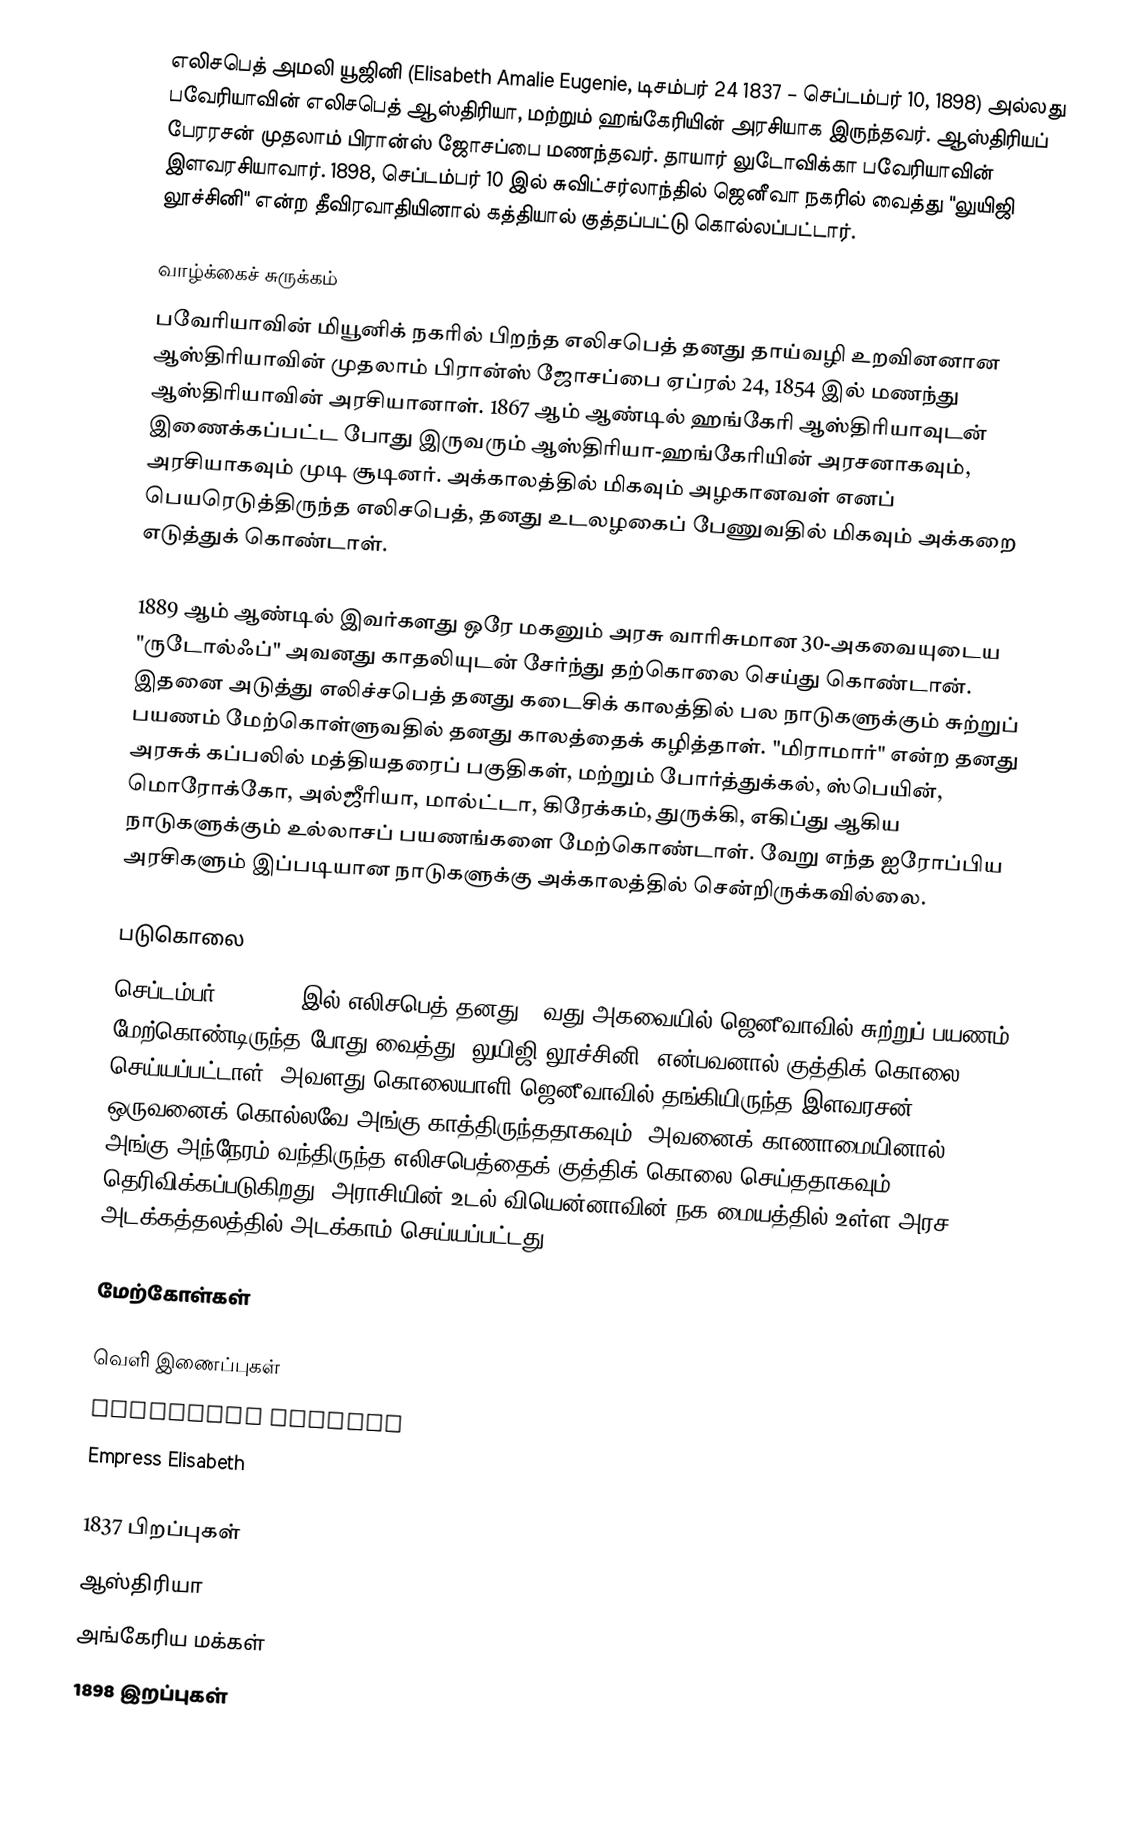
எலிசபெத் அமலி யூஜினி (Elisabeth Amalie Eugenie, டிசம்பர் 24 1837 – செப்டம்பர் 10, 1898) அல்லது பவேரியாவின் எலிசபெத் ஆஸ்திரியா, மற்றும் ஹங்கேரியின் அரசியாக இருந்தவர். ஆஸ்திரியப் பேரரசன் முதலாம் பிரான்ஸ் ஜோசப்பை மணந்தவர். தாயார் லுடோவிக்கா பவேரியாவின் இளவரசியாவார். 1898, செப்டம்பர் 10 இல் சுவிட்சர்லாந்தில் ஜெனீவா நகரில் வைத்து "லுயிஜி லூச்சினி" என்ற தீவிரவாதியினால் கத்தியால் குத்தப்பட்டு கொல்லப்பட்டார்.

வாழ்க்கைச் சுருக்கம்
பவேரியாவின் மியூனிக் நகரில் பிறந்த எலிசபெத் தனது தாய்வழி உறவினனான ஆஸ்திரியாவின் முதலாம் பிரான்ஸ் ஜோசப்பை ஏப்ரல் 24, 1854 இல் மணந்து ஆஸ்திரியாவின் அரசியானாள். 1867 ஆம் ஆண்டில் ஹங்கேரி ஆஸ்திரியாவுடன் இணைக்கப்பட்ட போது இருவரும் ஆஸ்திரியா-ஹங்கேரியின் அரசனாகவும், அரசியாகவும் முடி சூடினர். அக்காலத்தில் மிகவும் அழகானவள் எனப் பெயரெடுத்திருந்த எலிசபெத், தனது உடலழகைப் பேணுவதில் மிகவும் அக்கறை எடுத்துக் கொண்டாள்.

1889 ஆம் ஆண்டில் இவர்களது ஒரே மகனும் அரசு வாரிசுமான 30-அகவையுடைய "ருடோல்ஃப்" அவனது காதலியுடன் சேர்ந்து தற்கொலை செய்து கொண்டான். இதனை அடுத்து எலிச்சபெத் தனது கடைசிக் காலத்தில் பல நாடுகளுக்கும் சுற்றுப் பயணம் மேற்கொள்ளுவதில் தனது காலத்தைக் கழித்தாள். "மிராமார்" என்ற தனது அரசுக் கப்பலில் மத்தியதரைப் பகுதிகள், மற்றும் போர்த்துக்கல், ஸ்பெயின், மொரோக்கோ, அல்ஜீரியா, மால்ட்டா, கிரேக்கம், துருக்கி, எகிப்து ஆகிய நாடுகளுக்கும் உல்லாசப் பயணங்களை மேற்கொண்டாள். வேறு எந்த ஐரோப்பிய அரசிகளும் இப்படியான நாடுகளுக்கு அக்காலத்தில் சென்றிருக்கவில்லை.

படுகொலை
செப்டம்பர் 10, 1898 இல் எலிசபெத் தனது 60வது அகவையில் ஜெனீவாவில் சுற்றுப் பயணம் மேற்கொண்டிருந்த போது வைத்து "லுயிஜி லூச்சினி" என்பவனால் குத்திக் கொலை செய்யப்பட்டாள். அவளது கொலையாளி ஜெனீவாவில் தங்கியிருந்த இளவரசன் ஒருவனைக் கொல்லவே அங்கு காத்திருந்ததாகவும், அவனைக் காணாமையினால் அங்கு அந்நேரம் வந்திருந்த எலிசபெத்தைக் குத்திக் கொலை செய்ததாகவும் தெரிவிக்கப்படுகிறது. அராசியின் உடல் வியென்னாவின் நக மையத்தில் உள்ள அரச அடக்கத்தலத்தில் அடக்காம் செய்யப்பட்டது.

மேற்கோள்கள்

வெளி இணைப்புகள்
 Elisabeth gallery
  Empress Elisabeth

1837 பிறப்புகள்
ஆஸ்திரியா
அங்கேரிய மக்கள்
1898 இறப்புகள்